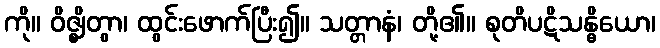
ကို။ ဝိဇ္ဈိတွာ၊ ထွင်းဖောက်ပြီး၍။ သတ္တာနံ၊ တို့၏။ စုတိပဋိသန္ဓိယော၊